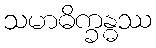
သမာဓိက္ခန္ဓဿ